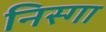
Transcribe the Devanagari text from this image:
निस्गा